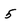
Character: 5